Indian journal of veterinary science and animal husbandry - Volumes 24-25, 1954-1955
Year: 1954
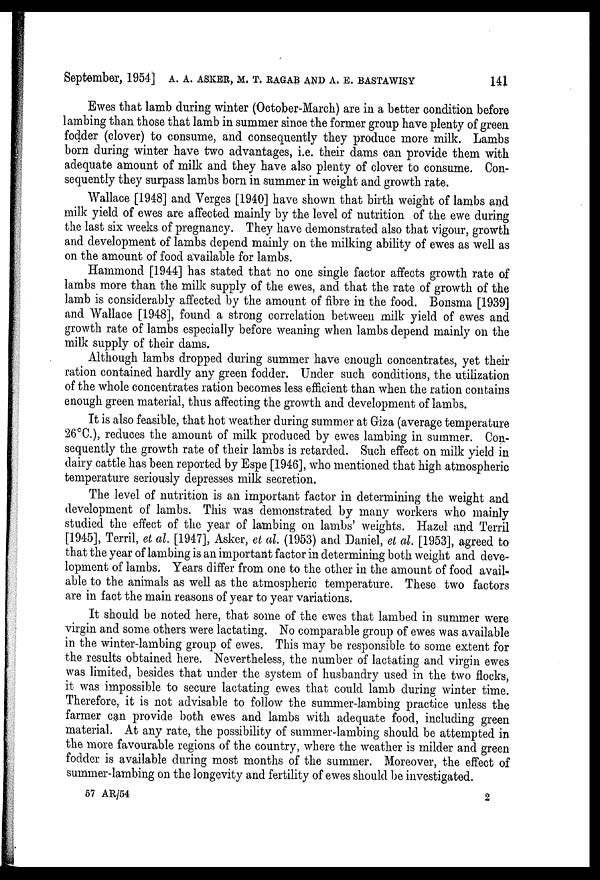
September, 1954] A. A. ASKER, M. T. RAGAB AND A. E. BASTAWISY 141
Ewes that lamb during winter (October-March) are in a better condition before
lambing than those that lamb in summer since the former group have plenty of green
fodder (clover) to consume, and consequently they produce more milk. Lambs
born during winter have two advantages, i.e. their dams can provide them with
adequate amount of milk and they have also plenty of clover to consume. Con-
sequently they surpass lambs born in summer in weight and growth rate.
Wallace [1948] and Verges [1940] have shown that birth weight of lambs and
milk yield of ewes are affected mainly by the level of nutrition of the ewe during
the last six weeks of pregnancy. They have demonstrated also that vigour, growth
and development of lambs depend mainly on the milking ability of ewes as well as
on the amount of food available for lambs.
Hammond [1944] has stated that no one single factor affects growth rate of
lambs more than the milk supply of the ewes, and that the rate of growth of the
lamb is considerably affected by the amount of fibre in the food. Bonsma [1939]
and Wallace [1948], found a strong correlation between milk yield of ewes and
growth rate of lambs especially before weaning when lambs depend mainly on the
milk supply of their dams.
Although lambs dropped during summer have enough concentrates, yet their
ration contained hardly any green fodder. Under such conditions, the utilization
of the whole concentrates ration becomes less efficient than when the ration contains
enough green material, thus affecting the growth and development of lambs.
It is also feasible, that hot weather during summer at Giza (average temperature
26°C.), reduces the amount of milk produced by ewes lambing in summer. Con-
sequently the growth rate of their lambs is retarded. Such effect on milk yield in
dairy cattle has been reported by Espe [1946], who mentioned that high atmospheric
temperature seriously depresses milk secretion.
The level of nutrition is an important factor in determining the weight and
development of lambs. This was demonstrated by many workers who mainly
studied the effect of the year of lambing on lambs' weights. Hazel and Terril
[1945], Terril, et al. [1947], Asker, et al. (1953) and Daniel, et al. [1953], agreed to
that the year of lambing is an important factor in determining both weight and deve-
lopment of lambs. Years differ from one to the other in the amount of food avail-
able to the animals as well as the atmospheric temperature. These two factors
are in fact the main reasons of year to year variations.
It should be noted here, that some of the ewes that lambed in summer were
virgin and some others were lactating. No comparable group of ewes was available
in the winter-lambing group of ewes. This may be responsible to some extent for
the results obtained here. Nevertheless, the number of lactating and virgin ewes
was limited, besides that under the system of husbandry used in the two flocks,
it was impossible to secure lactating ewes that could lamb during winter time.
Therefore, it is not advisable to follow the summer-lambing practice unless the
farmer can provide both ewes and lambs with adequate food, including green
material. At any rate, the possibility of summer-lambing should be attempted in
the more favourable regions of the country, where the weather is milder and green
fodder is available during most months of the summer. Moreover, the effect of
summer-lambing on the longevity and fertility of ewes should be investigated.
57 AR/54
2